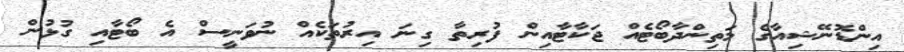
އިންޑޮނޭޝިއާގެ މަތިންދާބޯޓެއް ޖަކާޓާއިން ފުރިތާ ގިނަ އިރުތަކެއް ނުވަނީސް އެ ބޯޓާއި ގުޅުން